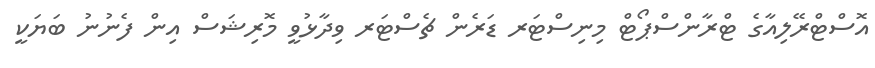
އޮސްޓްރޭލިއާގެ ޓްރާންސްޕޯޓް މިނިސްޓަރ ޑަރެން ޗެސްޓަރ ވިދާޅުވީ މޮރިޝަސް އިން ފެނުނު ބަޔަކީ